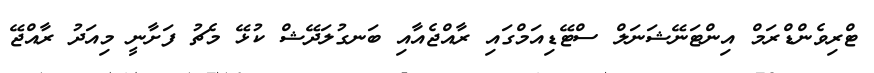
ޓްރިވެންޑްރަމް އިންޓަނޭޝަނަލް ސްޓޭޑިއަމްގައި ރާއްޖެއާއި ބަނގުލަދޭޝް ކުޅޭ މެޗު ފަށާނީ މިއަދު ރާއްޖޭ